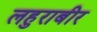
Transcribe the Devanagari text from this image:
लहुराबीर